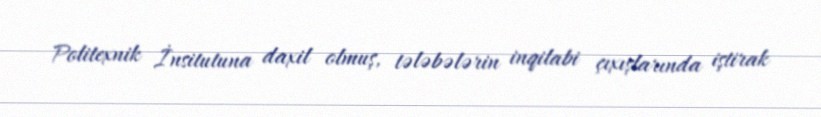
Politexnik İnsitutuna daxil olmuş, tələbələrin inqilabi çıxışlarında iştirak